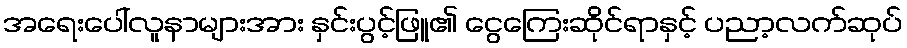
အရေးပေါ်လူနာများအား နှင်းပွင့်ဖြူ၏ ငွေကြေးဆိုင်ရာနှင့် ပညာ့လက်ဆုပ်